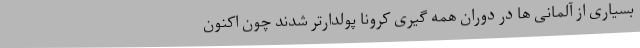
بسیاری از آلمانی ها در دوران همه گیری کرونا پولدارتر شدند چون اکنون